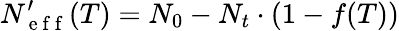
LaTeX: N_{\mathrm{~e~f~f~}}^{\prime}(T)=N_{0}-N_{t}\cdot(1-f(T))